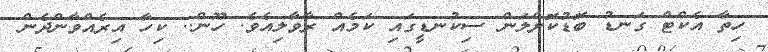
ހިތާ އެކްޓް ގަނޑު ބޮޑުކޮށްލަން ސިކުނޑީގައި ކަމެއް ރާވާލިއެވެ. ހޫން.. ކިހާ އިރެއްވާންދެން